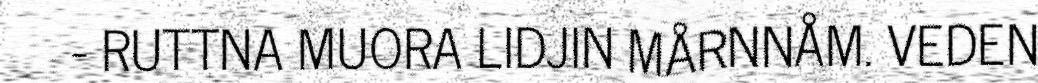
- RUTTNA MUORA LIDJIN MÅRNNÅM. VEDEN